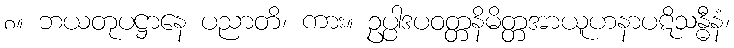
၈။ ဘယတုပဋ္ဌာနေ ပညာတိ၊ ကား။ ဥပ္ပါဒပဝတ္တနိမိတ္တအာယူဟနာပဋိသန္ဓီနံ၊